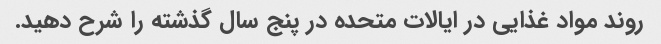
روند مواد غذایی در ایالات متحده در پنج سال گذشته را شرح دهید.